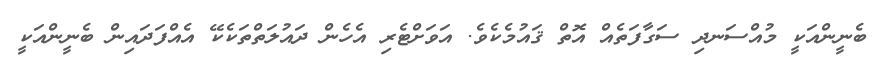
ބެނީންއަކީ މުއްސަނދި ސަގާފަތެއް އޮތް ޤައުމެކެވެ. އަވަށްޓެރި އެހެން ދައުލަތްތަކެކޭ އެއްފަދައިން ބެނީންއަކީ